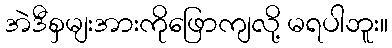
အဲဒီစှမျးအားကိုဖြောကျလို့ မရပါဘူး။